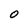
Character: 0